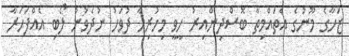
ޒަހާގެ މޫނުގެ އެތައްމިތާ ބޮސްދިންއިރު ހީވީ މިހުރިހާ ދުވަހު ނުދެވުނު ލޯބި އެއްފަހަރާ